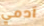
آدمي